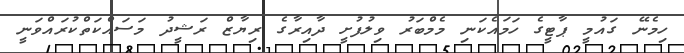
ހިމެނޭ ގައުމީ ޕާޓީގެ ހަމައެކަނި މެމްބަރު ވިލުފުށީ ދާއިރާގެ ރިޔާޒް ރަޝީދު މަސައްކަތްކުރައްވަނީ